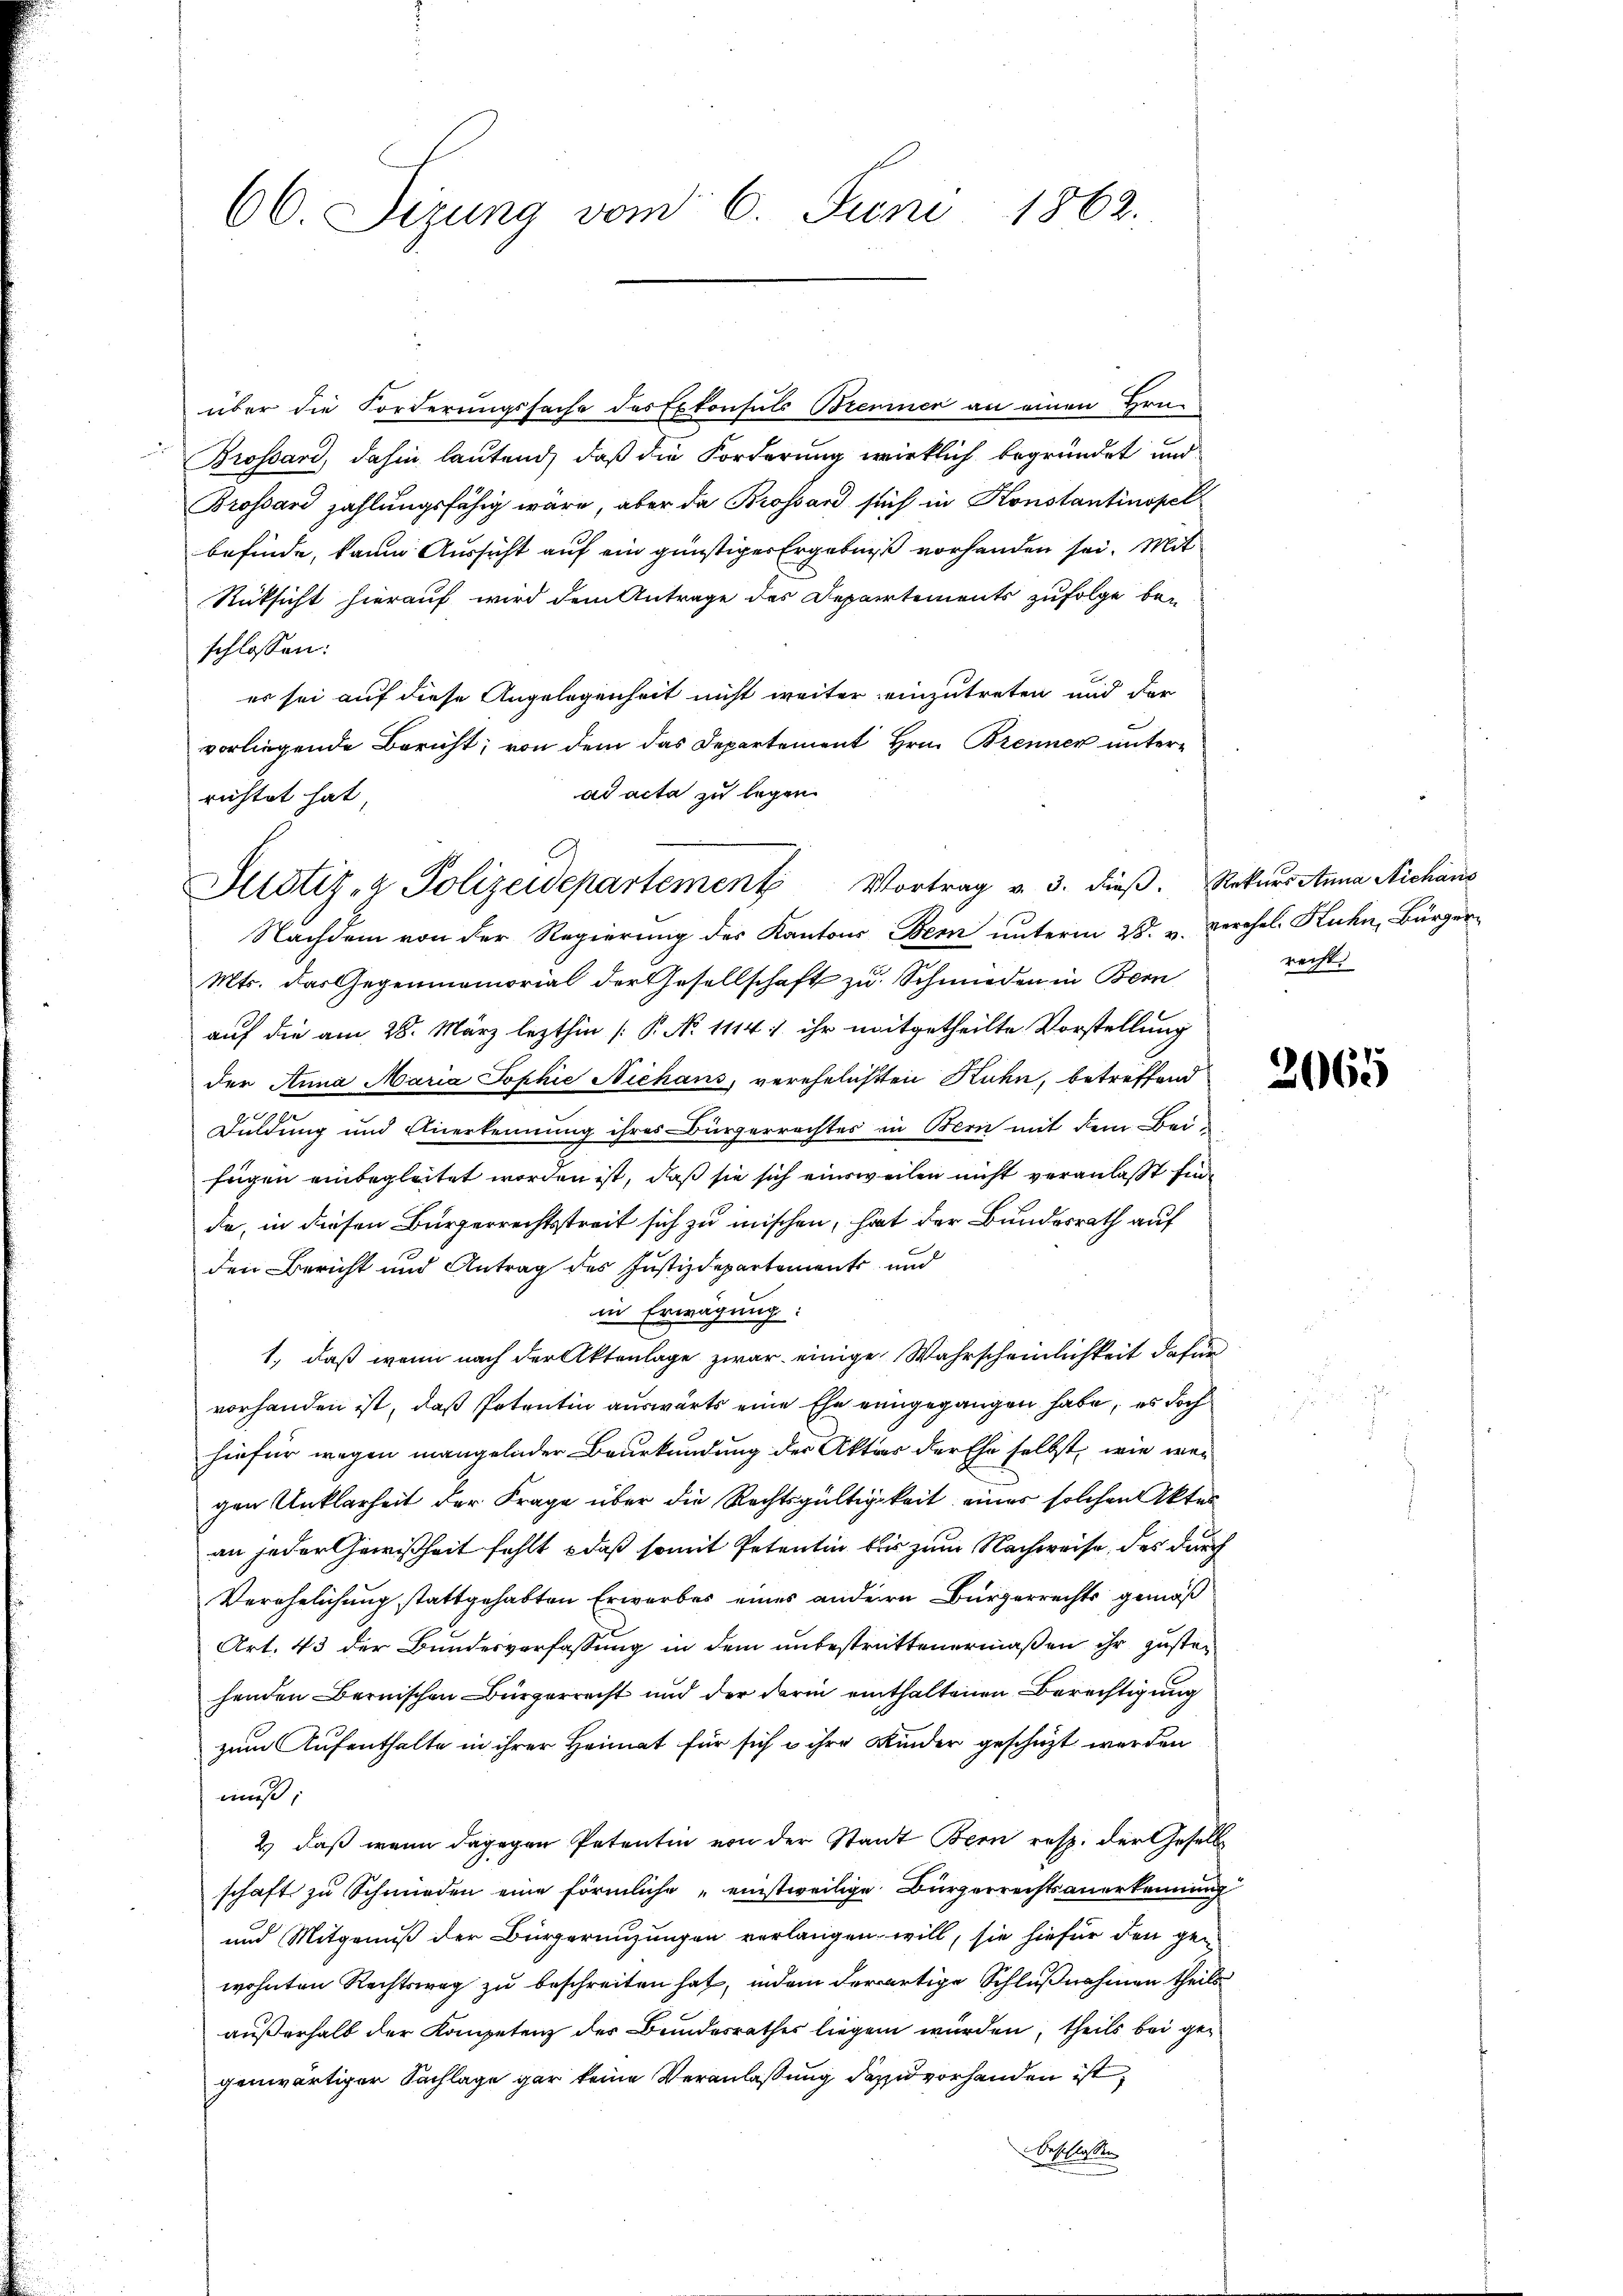
66. Sizung vom 6. Juni 1862.

über die Forderungssache des Exkonsuls Brenner an einen Hrn.
Brossard, dahin lautend, daß die Forderung wirklich begründet und
Brossard zahlungsfähig wäre, aber da Brossard sich in Konstantinopel
befinde, kaum Aussicht auf ein günstiger Ergebniß vorhanden sei. Mit
Rüksicht hierauf wird dem Antrage des Departements zufolge be-
schlossen:
er sei auf diese Angelegenheit nicht weiter einzutreten und der
vorliegende Bericht; von dem das Departement Hrn. Brenner untere
ad acta zu legen.
richtet hat,
Nachdem von der Regierung des Kantons Bern unterm 28. v. Berchel, Kuhn, Bürger¬
Mts. das Gegenmemorial der Gesellschaft zu Schmieden in Bern
auf die am 28. März lezthin [P No 1114. ihr mitgetheilte Vorstellung
der Anna Maria Tophie Niehans, verehelichten Ruhn, betreffend
Duldung und Anerkennung ihres Bürgerrechtes in Bern mit dem Bei-
fügen einbegleitet worden ist, daß sie sich einsweilen nicht veranlaßt sin
de, in diesen Bürgerrechtstreit sich zu mischen, hat der Bundesrath auf
den Bericht und Antrag des Justizdepartement und
in Erwägung:
1., daß wenn nach der Aktenlage zwar einige Wahrscheinlichkeit dafür
vorhanden ist, daß Petentin auswärts eine Ehe eingegangen habe, es doch
hiefür wegen mangelnder Beurkundung der Aktes der Ehe selbst, wie wei
gen Unklarheit der Frage über die Rechtsgültigkeit eines solchen Aktes
an jeder Gewißheit fehlt, daß somit Petentin bis zum Nachweise, das durch
Verehelichung stattgehabten Erwarbes eines anderen Bürgerrechts gemäß
Art. 43 der Bundesverfassung in dem unbestrittenermaßen ihr zustehenden Bernischen Bürgerrecht und der darin einthaltenen Berechtigung
zum Aufenthalte in ihrer Heimat für sich in ihre Kinder geschüzt werden
muß;
2) daß wenn dagegen Petentin von der Stadt Bern resp. der Gesell
schaft zu Schmieden eine förmliche „einstweilige Bürgerrechtsanerkennung
und Mitgenuß der Bürgermutungen verlangen will, sie hiefür den ge-
wohnten Rechtsweg zu beschreiten hat, indem derartige Schlußnahmen theils
außerhalb der Kompetenz des Bundesrathes liegen würden, theils bei gegenwärtiger Sachlage gar keine Veranlassung dazu vorhanden ist,
Beschlossen

Justiz- & Polizeidepartement Vortrag v. 3. dieß. Rekurs Anna Nichaus

recht.

2065